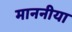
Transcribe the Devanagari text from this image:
माननीया